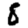
Digit: 8